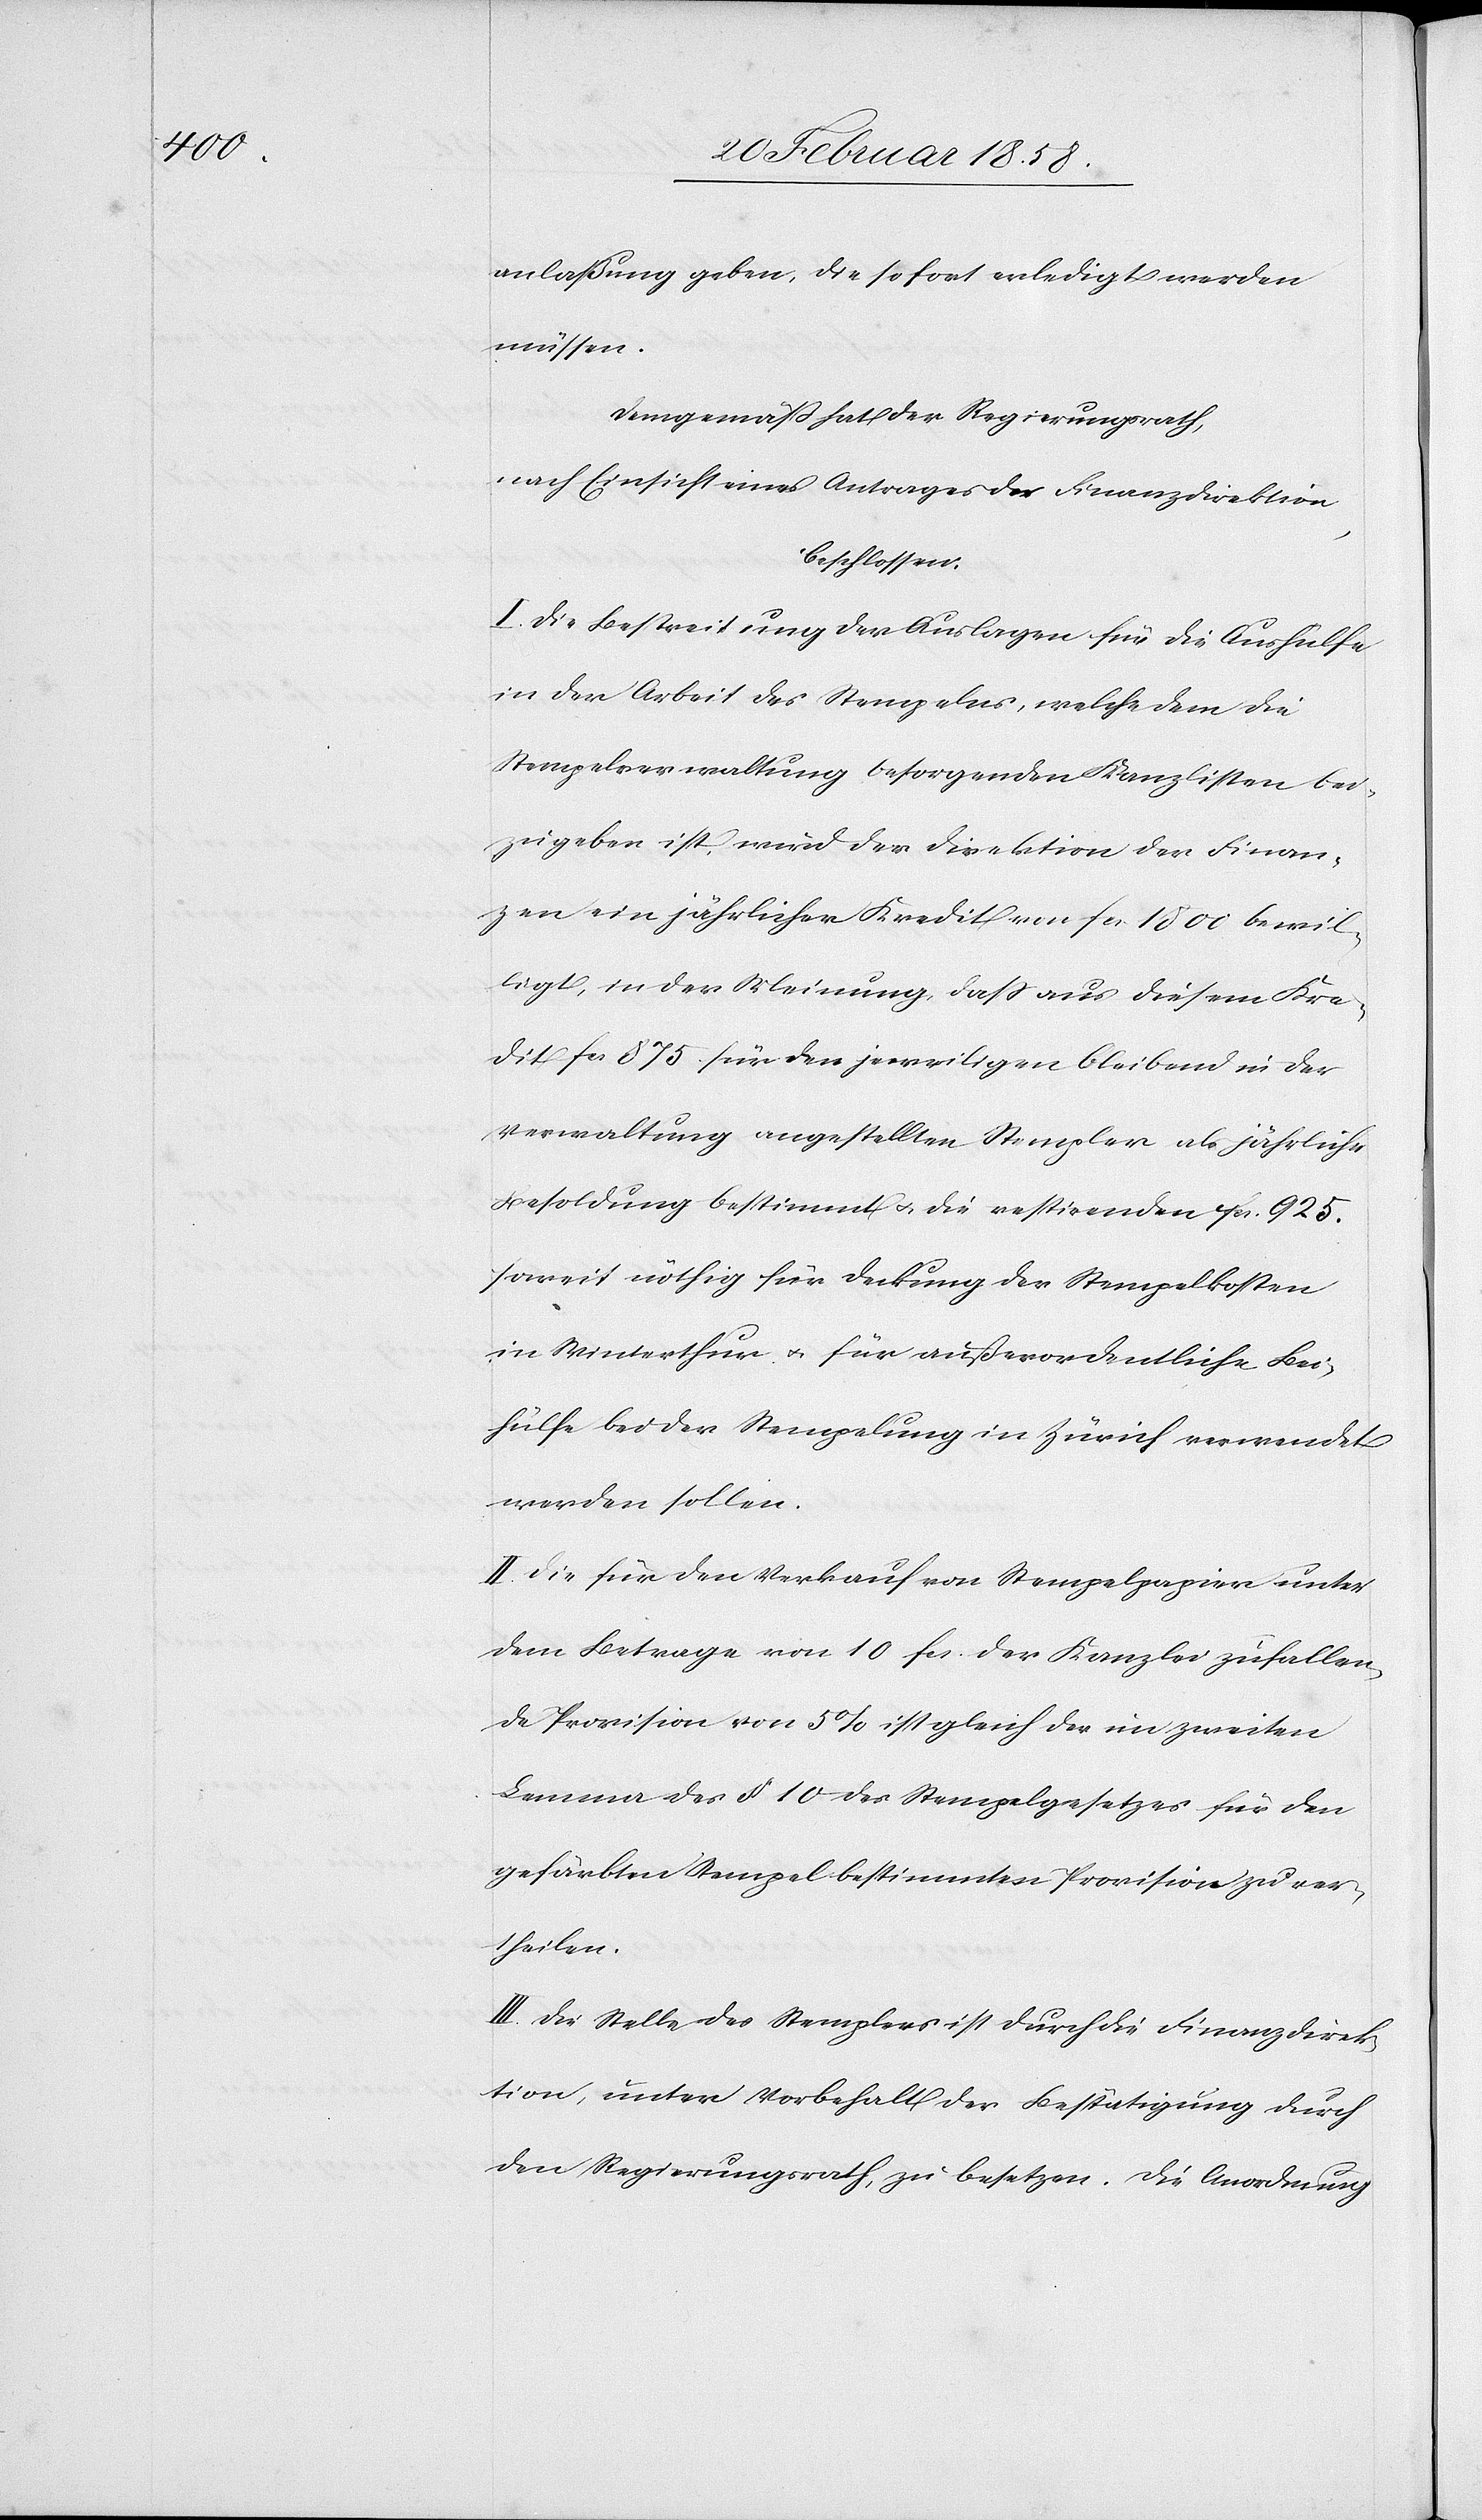
[rec¬

anlaßung geben, die sofort erledigt werden
müssen.
Demgemäß hat der Regierungsrath,
nach Einsicht eines Antrages der Finanzdirektion,
beschlossen:
te: Zur] Bestreitung der Auslagen für die Aushülfe
in der Arbeit des Stempelns, welche dem die
Stempelverwaltung besorgenden Kanzlisten bei¬
zugeben ist, wird der Direktion der Finan¬
zen ein jährlicher Kredit von fcs. 1800 bewil¬
ligt, in der Meinung, daß aus diesem Kre¬
dit fcs. 875 für den jeweiligen bleibend in der
Verwaltung angestellten Stempler als jährliche
Besoldung bestimmt u. die restirenden fcs. 925.
soweit nöthig für Deckung der Stempelkosten
in Winterthur u. für außerordentliche Bei¬
hülfe bei der Stempelung in Zürich verwendet
werden sollen.
II. Die für den Verkauf von Stempelpapier unter
dem Betrage von 10 fcs. der Kanzlei zufallen¬
de Provision von 5% ist gleich der im zweiten
Lemma des § 10 des Stempelgesetzes für den
gefärbten Stempel bestimmten Provision zu ver¬
theilen.
III. Die Stelle des Stemplers ist durch die Finanzdirek¬
tion, unter Vorbehalt der Bestätigung durch
den Regierungsrath, zu besetzen. Die Anordnung